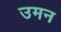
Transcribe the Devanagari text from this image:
उमन